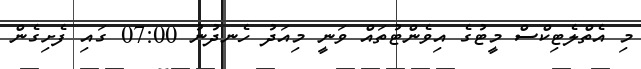
މި އެތްލެޓިކްސް މީޓުގެ އިވެންޓުތައް ވަނީ މިއަދު ހެނދުނު 07:00 ގައި ފެށިގެން